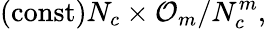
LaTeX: \mathrm{(const)}N_{c}\times{\cal O}_{m}/N_{c}^{m},